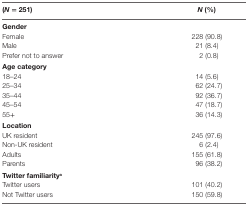
| (N = 251) | N (%) |
 | --- | --- |
 | <COLSPAN=2> Gender |
 | Female | 228 (90.8) |
 | Male | 21 (8.4) |
 | Prefer not to answer | 2 (0.8) |
 | <COLSPAN=2> Age category |
 | 18–24 | 14 (5.6) |
 | 25–34 | 62 (24.7) |
 | 35–44 | 92 (36.7) |
 | 45–54 | 47 (18.7) |
 | 55+ | 36 (14.3) |
 | <COLSPAN=2> Location |
 | UK resident | 245 (97.6) |
 | Non-UK resident | 6 (2.4) |
 | Adults | 155 (61.8) |
 | Parents | 96 (38.2) |
 | <COLSPAN=2> Twitter familiaritya |
 | Twitter users | 101 (40.2) |
 | Not Twitter users | 150 (59.8) |